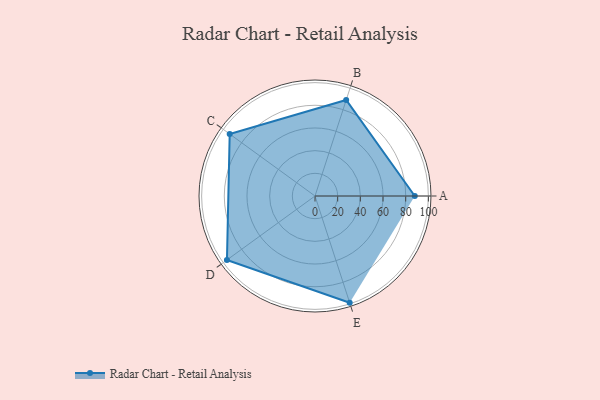
{"axis": {"x": "Skill", "y": "Score"}, "legend": ["Profile"], "data": [{"x": "A", "y": 88.0, "type": "Profile"}, {"x": "B", "y": 89.0, "type": "Profile"}, {"x": "C", "y": 93.0, "type": "Profile"}, {"x": "D", "y": 96.0, "type": "Profile"}, {"x": "E", "y": 99.0, "type": "Profile"}]}